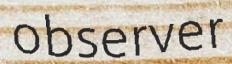
observer